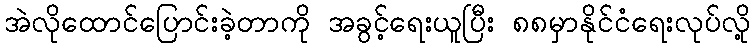
အဲလိုထောင်ပြောင်းခဲ့တာကို အခွင့်ရေးယူပြီး ၈၈မှာနိုင်ငံရေးလုပ်လို့